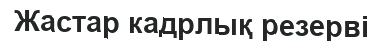
Жастар кадрлық резерві